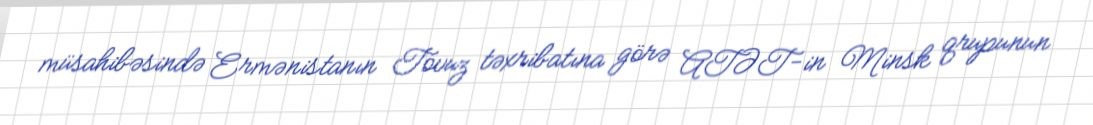
müsahibəsində Ermənistanın Tovuz təxribatına görə ATƏT-in Minsk qrupunun